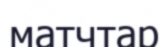
матчтар